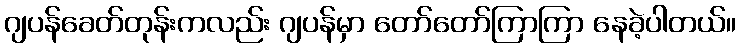
ဂျပန်ခေတ်တုန်းကလည်း ဂျပန်မှာ တော်တော်ကြာကြာ နေခဲ့ပါတယ်။